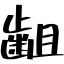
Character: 齟